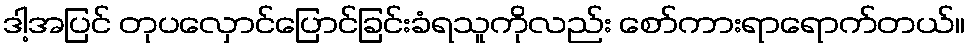
ဒါ့အပြင် တုပလှောင်ပြောင်ခြင်းခံရသူကိုလည်း စော်ကားရာရောက်တယ်။